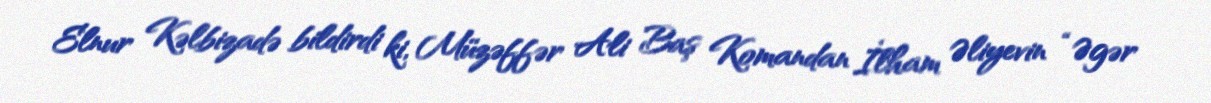
Elnur Kəlbizadə bildirdi ki, Müzəffər Ali Baş Komandan İlham Əliyevin “Əgər